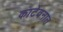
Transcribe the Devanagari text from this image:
काटेवनात